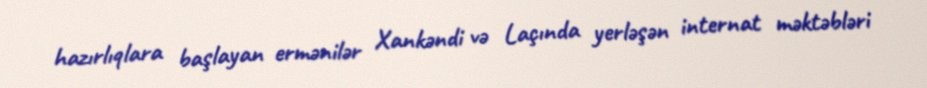
hazırlıqlara başlayan ermənilər Xankəndi və Laçında yerləşən internat məktəbləri